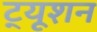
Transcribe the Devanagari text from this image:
ट्‍यूशन